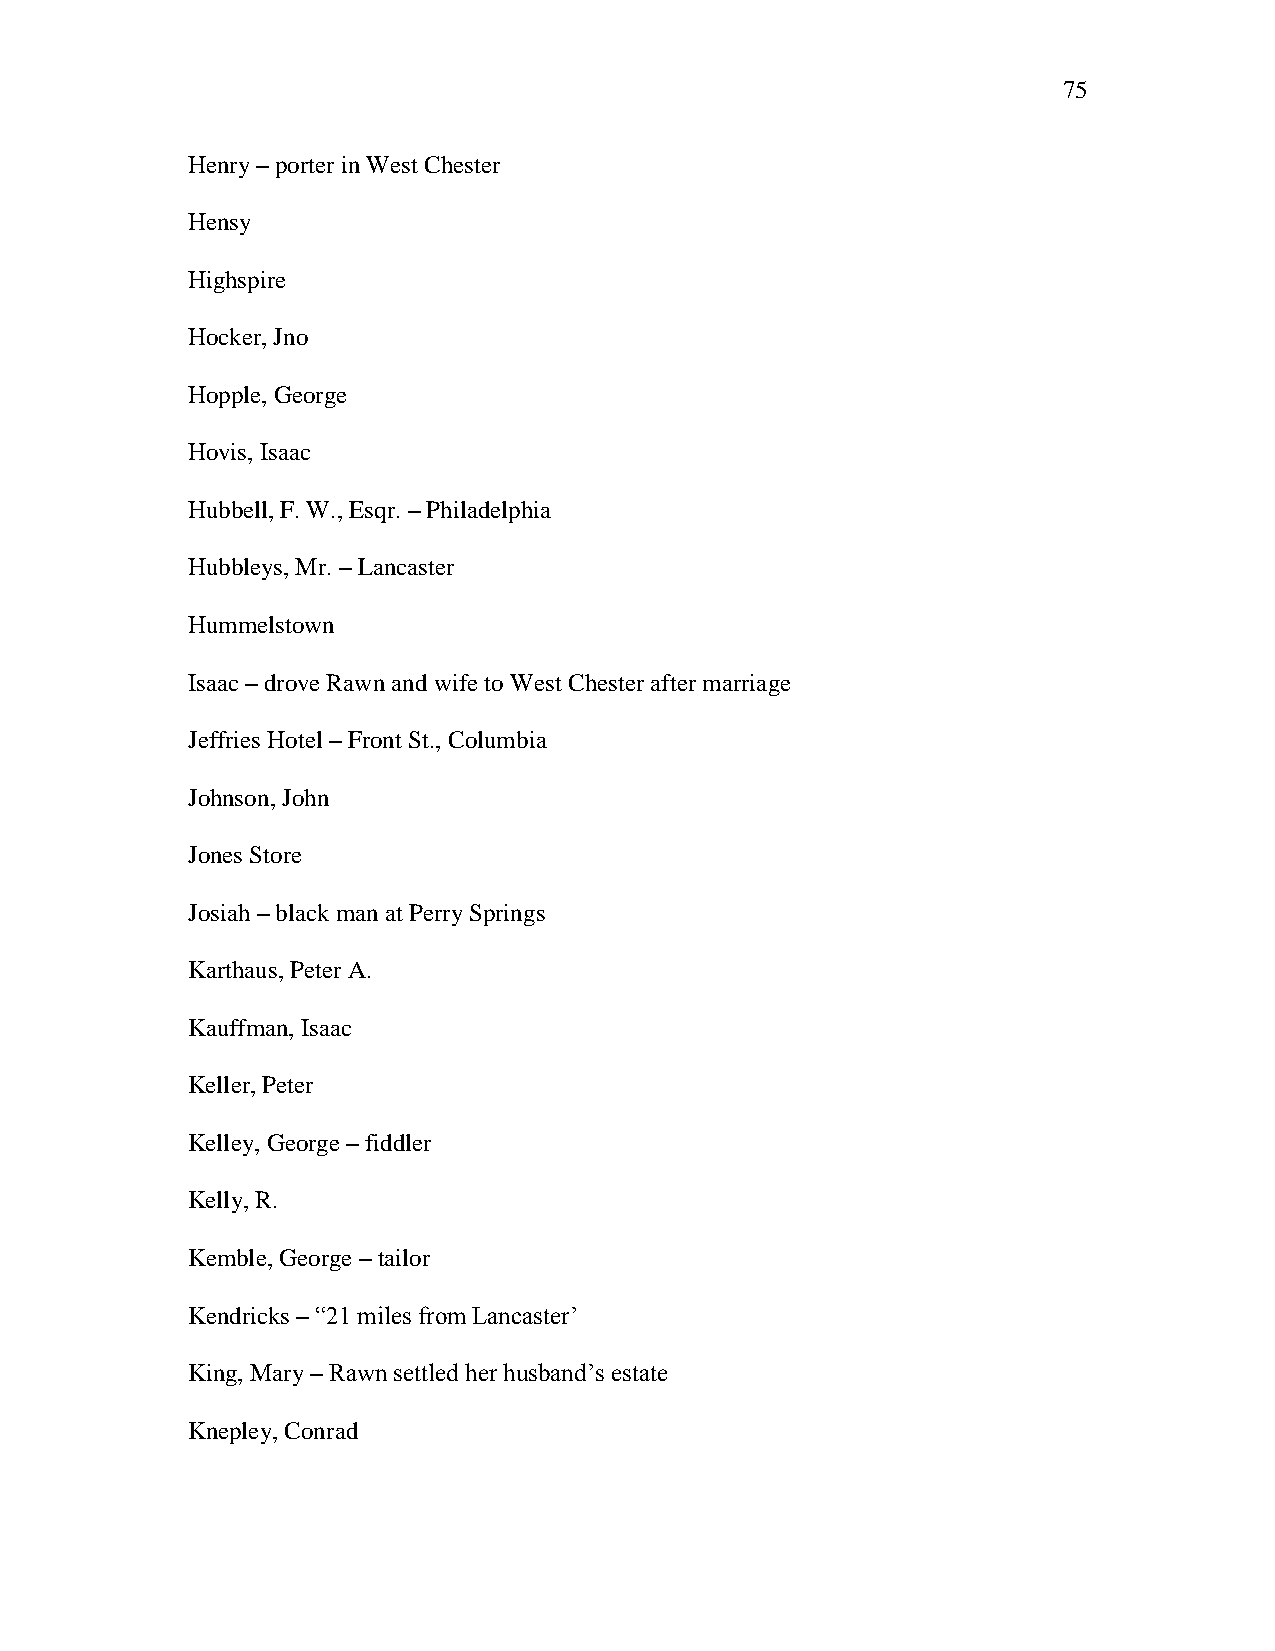
75
 Henry – porter in West Chester
 Hensy
 Highspire
 Hocker, Jno
 Hopple, George
 Hovis, Isaac
 Hubbell, F. W., Esqr. – Philadelphia
 Hubbleys, Mr. – Lancaster
 Hummelstown
 Isaac – drove Rawn and wife to West Chester after marriage
 Jeffries Hotel – Front St., Columbia
 Johnson, John
 Jones Store
 Josiah – black man at Perry Springs
 Karthaus, Peter A.
 Kauffman, Isaac
 Keller, Peter
 Kelley, George – fiddler
 Kelly, R.
 Kemble, George – tailor
 Kendricks – ―21 miles from Lancaster‘
 King, Mary – Rawn settled her husband‘s estate
 Knepley, Conrad